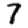
Digit: 7